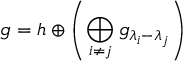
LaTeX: { \mathfrak { g } } = { \mathfrak { h } } \oplus \left( \bigoplus _ { i \neq j } { \mathfrak { g } } _ { \lambda _ { i } - \lambda _ { j } } \right)